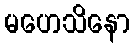
မဟေသိနော